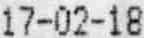
17-02-18